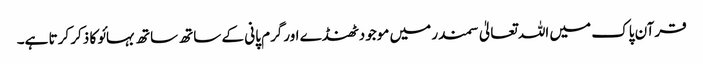
قرآن پاک میں اللہ تعالیٰ سمندر میں موجودٹھنڈے اورگرم پانی کے ساتھ ساتھ بہائو کا ذکر کرتا ہے۔